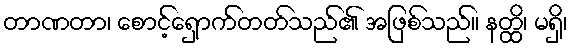
တာဏတာ၊ စောင့်ရှောက်တတ်သည်၏ အဖြစ်သည်။ နတ္ထိ၊ မရှိ၊